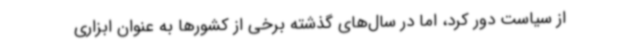
از سیاست دور کرد، اما در سال‌های گذشته برخی از کشورها به عنوان ابزاری